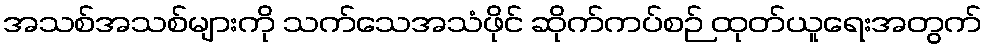
အသစ်အသစ်များကို သက်သေအသံဖိုင် ဆိုက်ကပ်စဉ် ထုတ်ယူရေးအတွက်